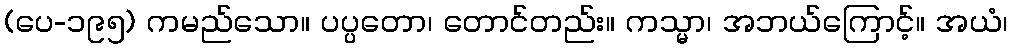
(ပေ-၁၉၅) ကမည်သော။ ပပ္ပတော၊ တောင်တည်း။ ကသ္မာ၊ အဘယ်ကြောင့်။ အယံ၊